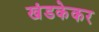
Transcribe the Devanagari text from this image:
खंडकेकर